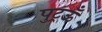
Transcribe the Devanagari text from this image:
पुट्रऊँ